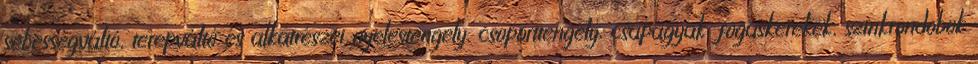
sebességváltó, terepváltó és alkatrészei nyelestengely, csoporttengely, csapágyak, fogaskerekek, szinkrondobok